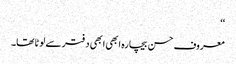
‘‘
معروف حسن بیچارہ ابھی ابھی دفتر سے لوٹا تھا۔